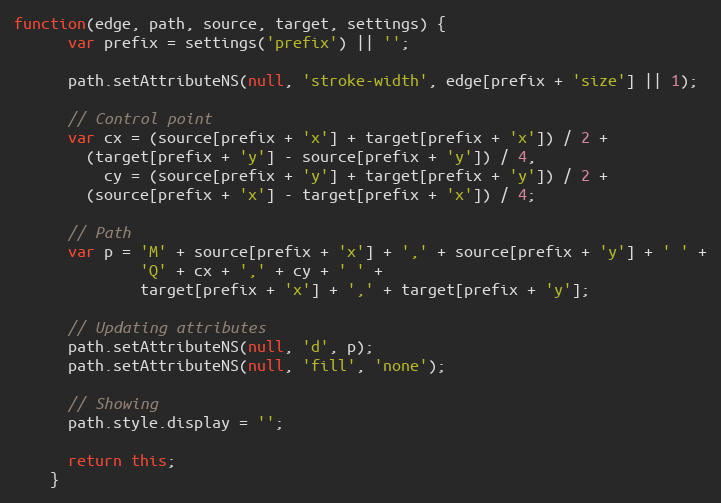
Language: JavaScript
function(edge, path, source, target, settings) {
      var prefix = settings('prefix') || '';

      path.setAttributeNS(null, 'stroke-width', edge[prefix + 'size'] || 1);

      // Control point
      var cx = (source[prefix + 'x'] + target[prefix + 'x']) / 2 +
        (target[prefix + 'y'] - source[prefix + 'y']) / 4,
          cy = (source[prefix + 'y'] + target[prefix + 'y']) / 2 +
        (source[prefix + 'x'] - target[prefix + 'x']) / 4;

      // Path
      var p = 'M' + source[prefix + 'x'] + ',' + source[prefix + 'y'] + ' ' +
              'Q' + cx + ',' + cy + ' ' +
              target[prefix + 'x'] + ',' + target[prefix + 'y'];

      // Updating attributes
      path.setAttributeNS(null, 'd', p);
      path.setAttributeNS(null, 'fill', 'none');

      // Showing
      path.style.display = '';

      return this;
    }